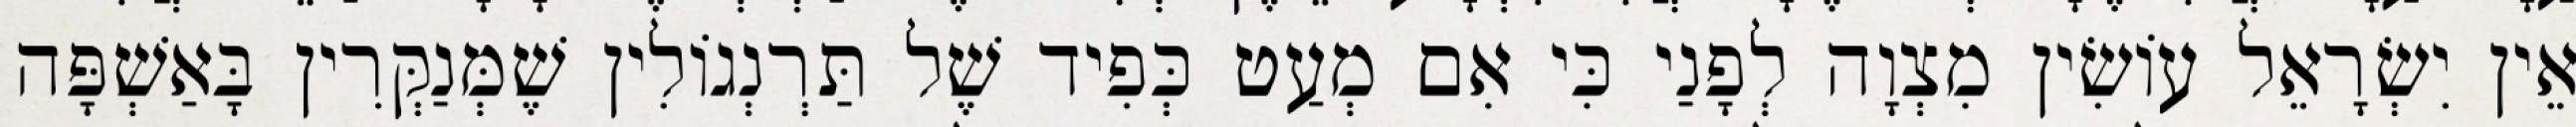
אֵין יִשְׂרָאֵל עוֹשִׂין מִצְוָה לְפָנַי כִּי אִם מְעַט כְּפִיד שֶׁל תַּרְנְגוֹלִין שֶׁמְּנַקְּרִין בָּאַשְׁפָּה